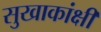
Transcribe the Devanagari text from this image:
सुखाकांक्षी